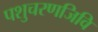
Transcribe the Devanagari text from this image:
पशुचरणजिवि